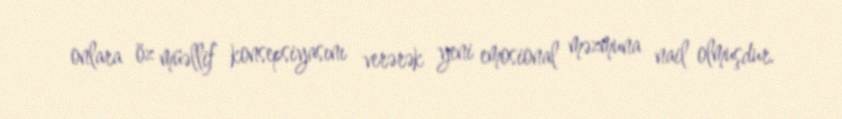
onlara öz müəllif konsepsiyasını verərək yeni emosional məzmuna nail olmuşdur.